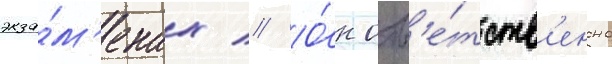
экза́м'енах // О́н отв'е́тств'енно